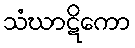
သံဃာဋိကော